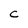
Character: C